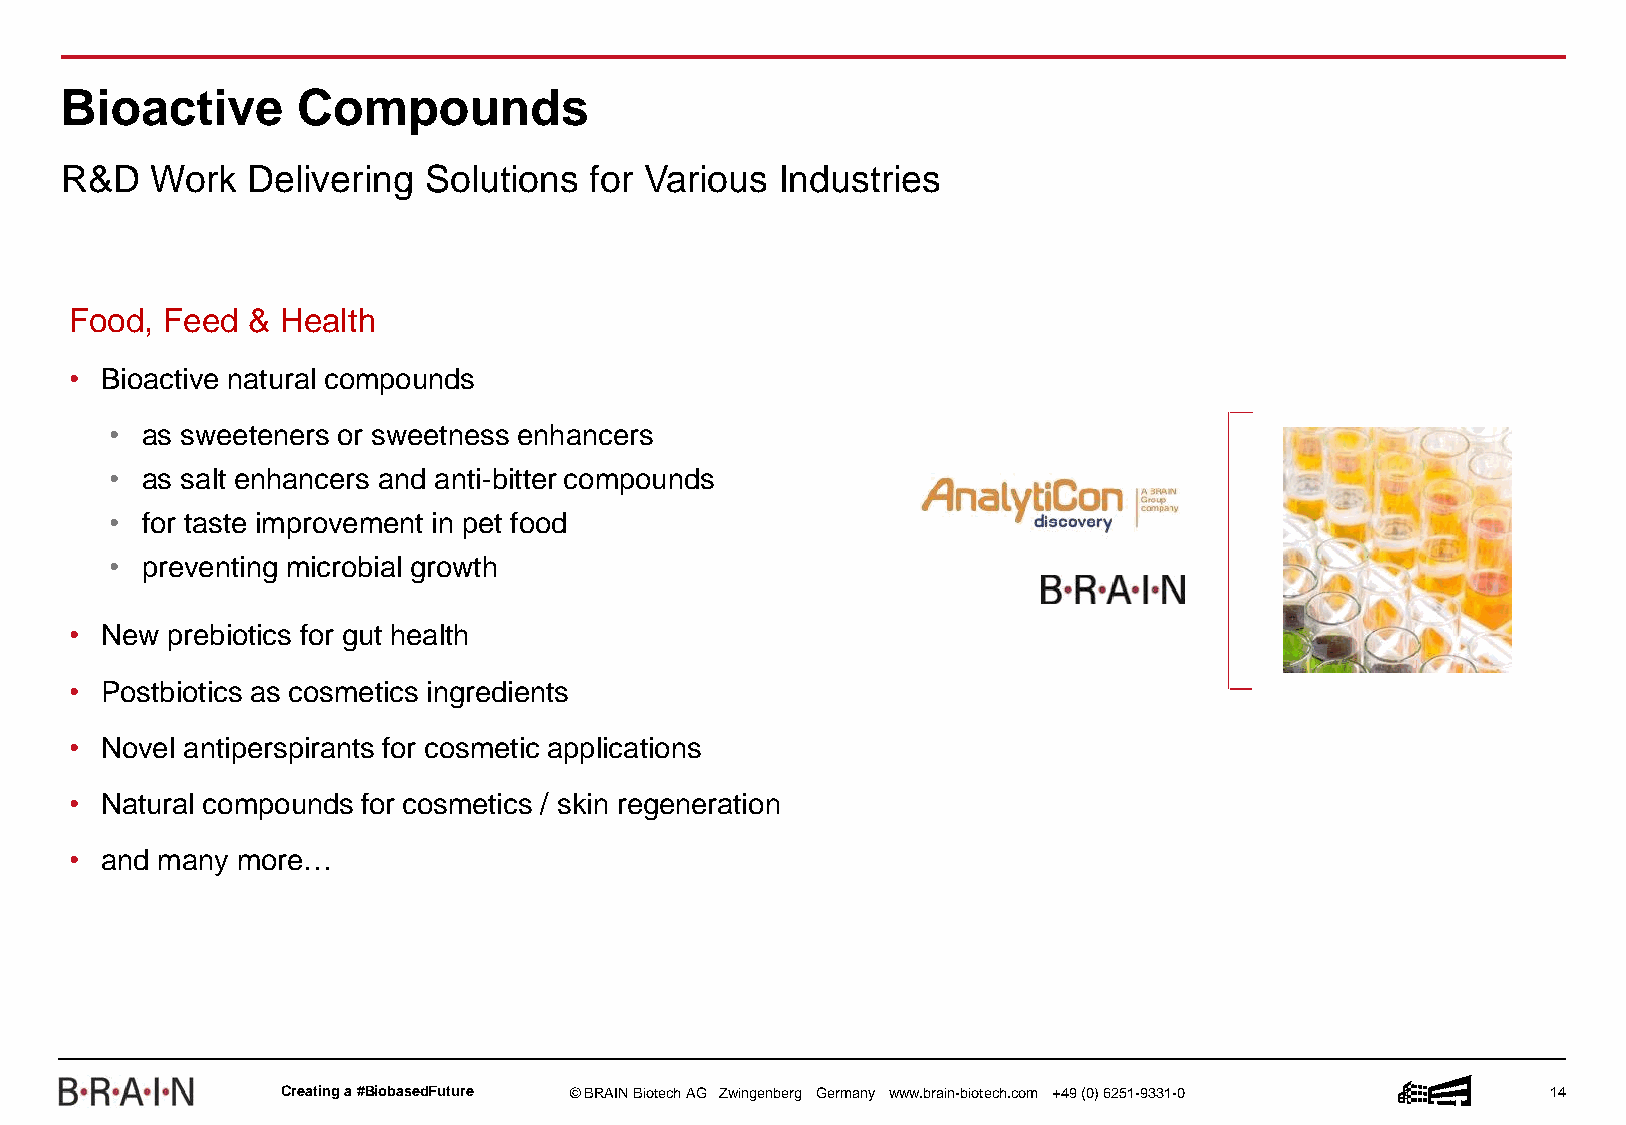
Bioactive       Compounds
 R&D   Work  Delivering  Solutions  for Various  Industries
 Food, Feed &  Health
 • Bioactive natural compounds
 • as sweeteners or sweetness enhancers
 • as salt enhancers and anti-bitter compounds
 • for taste improvement in pet food
 • preventing microbial growth
 • New prebiotics for gut health
 • Postbiotics as cosmetics ingredients
 • Novel antiperspirants for cosmetic applications
 • Natural compounds for cosmetics / skin regeneration
 • and many more…
 Creatinga #BiobasedFuture © BRAIN BiotechAG Zwingenberg Germany www.brain-biotech.com +49 (0) 6251-9331-0 14